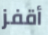
أقفز